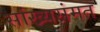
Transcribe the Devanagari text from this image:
सांख्यसंमत